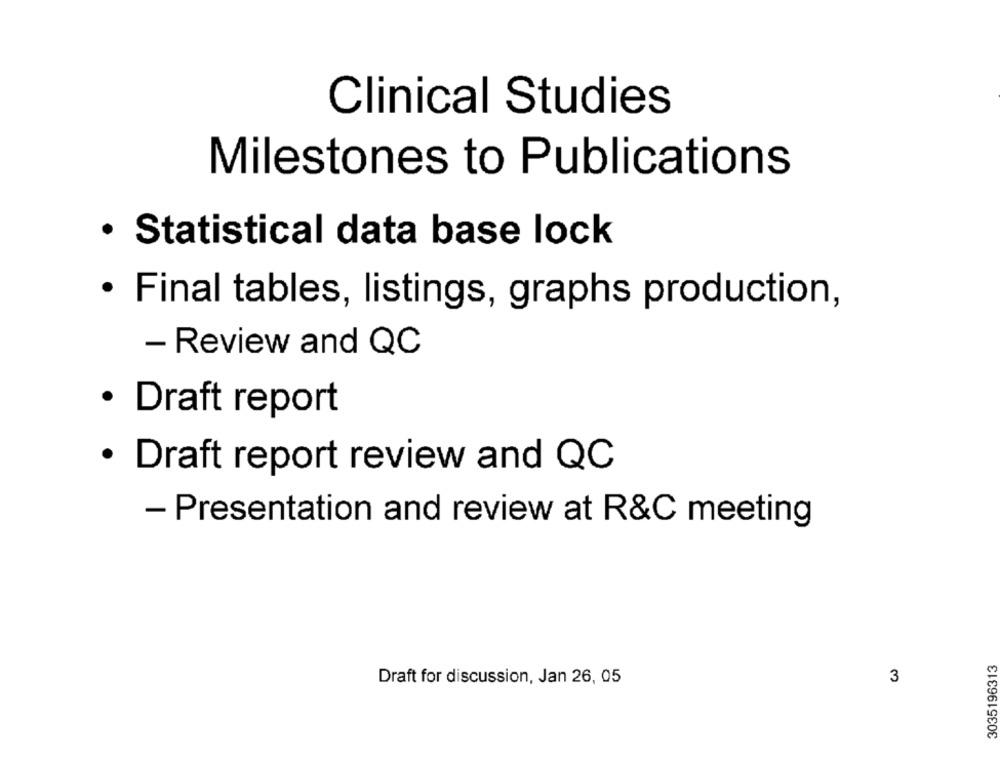
Clinical Studies
Milestones to Publications
· Statistical data base lock
· Final tables, listings, graphs production,
- Review and QC
· Draft report
· Draft report review and QC
- Presentation and review at R&C meeting
3035196313
Draft for discussion, Jan 26, 05
3